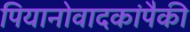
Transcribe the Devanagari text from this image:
पियानोवादकांपैकी